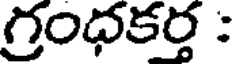
గ్రంధకర్త :